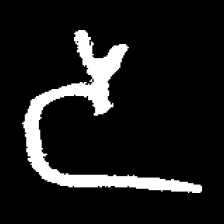
Pyu character \u2014 Myanmar letter: ဒ (romanized: da)